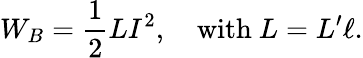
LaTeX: W_{B}=\frac{1}{2}LI^{2},\quad\textrm{with~}L=L^{\prime}\ell.